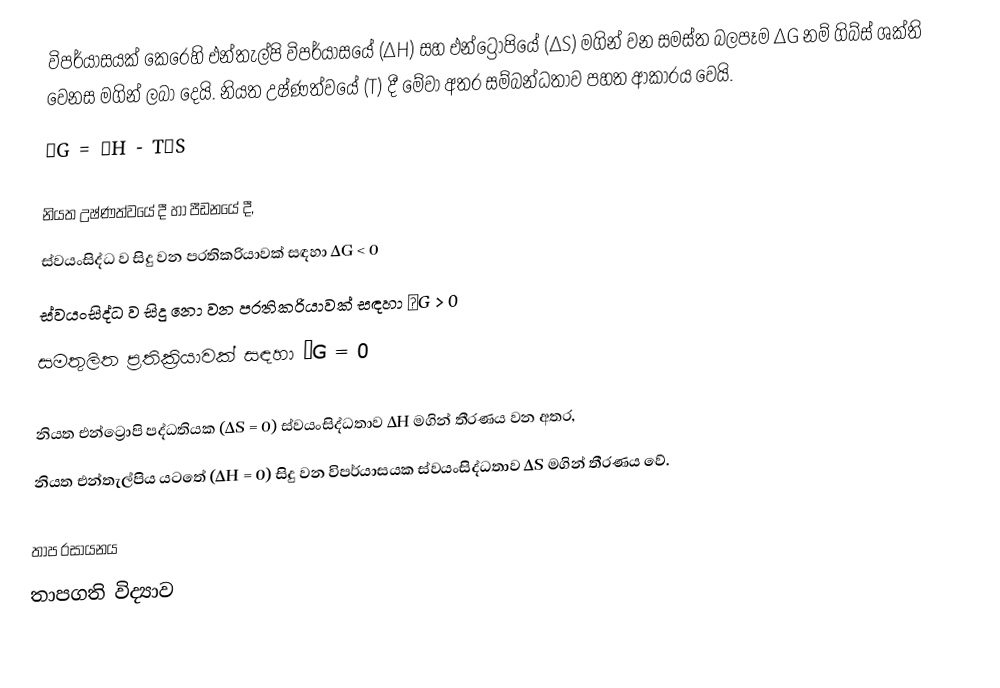
විපර්යාසයක් කෙරෙහි එන්තැල්පි විපර්යාසයේ (∆H) සහ එන්ට්‍රොපියේ (∆S) මගින් වන සමස්ත බලපෑම ∆G නම් ගිබ්ස් ශක්ති වෙනස මගින් ලබා දෙයි. නියත උෂ්ණත්වයේ (T) දී මේවා අතර සම්බන්ධතාව පහත ආකාරය වෙයි.
∆G = ∆H - T∆S

නියත උෂ්ණත්වයේ දී හා පීඩනයේ දී,
ස්වයංසිද්ධ ව සිදු වන ප‍්‍රතික‍්‍රියාවක් සඳහා ∆G < 0
ස්වයංසිද්ධ ව සිදු නො වන ප‍්‍රතික‍්‍රියාවක් සඳහා ∆G > 0
සමතුලිත ප‍්‍රතික‍්‍රියාවක් සඳහා ∆G = 0

නියත එන්ට්‍රොපි පද්ධතියක (∆S = 0) ස්වයංසිද්ධතාව ∆H මගින් තීරණය වන අතර,
නියත එන්තැල්පිය යටතේ (∆H = 0) සිදු වන විපර්යාසයක ස්වයංසිද්ධතාව ∆S මගින් තීරණය වේ.

තාප රසායනය
තාපගති විද්‍යාව